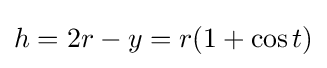
h=2r-y=r(1+\cos t)